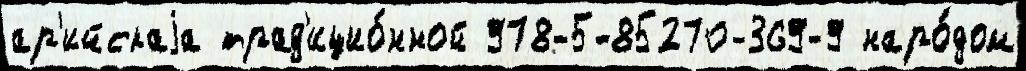
ар'ийскаjа трад'ицио́нной 978-5-85270-369-9 наро́дом